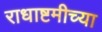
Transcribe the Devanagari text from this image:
राधाष्टमीच्या